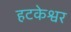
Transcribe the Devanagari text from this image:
हटकेश्वर